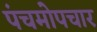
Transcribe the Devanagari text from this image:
पंचमोपचार